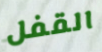
القفل